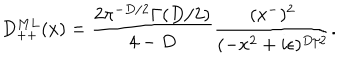
D _ { + + } ^ { M L } ( x ) = { \frac { 2 \pi ^ { - D / 2 } \Gamma ( D / 2 ) } { 4 - D } } { \frac { ( x ^ { - } ) ^ { 2 } } { ( - x ^ { 2 } + i \epsilon ) ^ { D / 2 } } } .